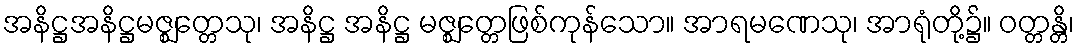
အနိဋ္ဌအနိဋ္ဌမဇ္ဈတ္တေသု၊ အနိဋ္ဌ အနိဋ္ဌ မဇ္ဈတ္တေဖြစ်ကုန်သော။ အာရမဏေသု၊ အာရုံတို့၌။ ဝတ္တန္တိ၊